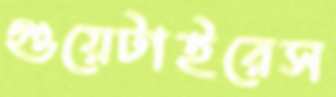
গুয়েটাইরেস